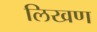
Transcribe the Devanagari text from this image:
लिखण